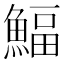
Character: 鰏